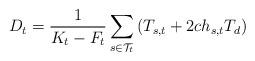
LaTeX: \begin{align*}D_{t}=\frac{1}{K_{t}-F_{t}}\sum\limits_{s\in\mathcal{T}_{t}}\left(T_{s,t}+2ch_{s,t}T_{d}\right)\end{align*}